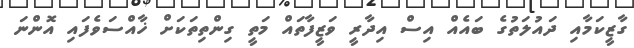
ގާޒީކަމާއި ދައުލަތުގެ ބައެއް އިސް އިދާރީ ވަޒީފާތައް މަތީ ގިންތިތަކަށް ޚާއްސަވެފައި އޮންނަ